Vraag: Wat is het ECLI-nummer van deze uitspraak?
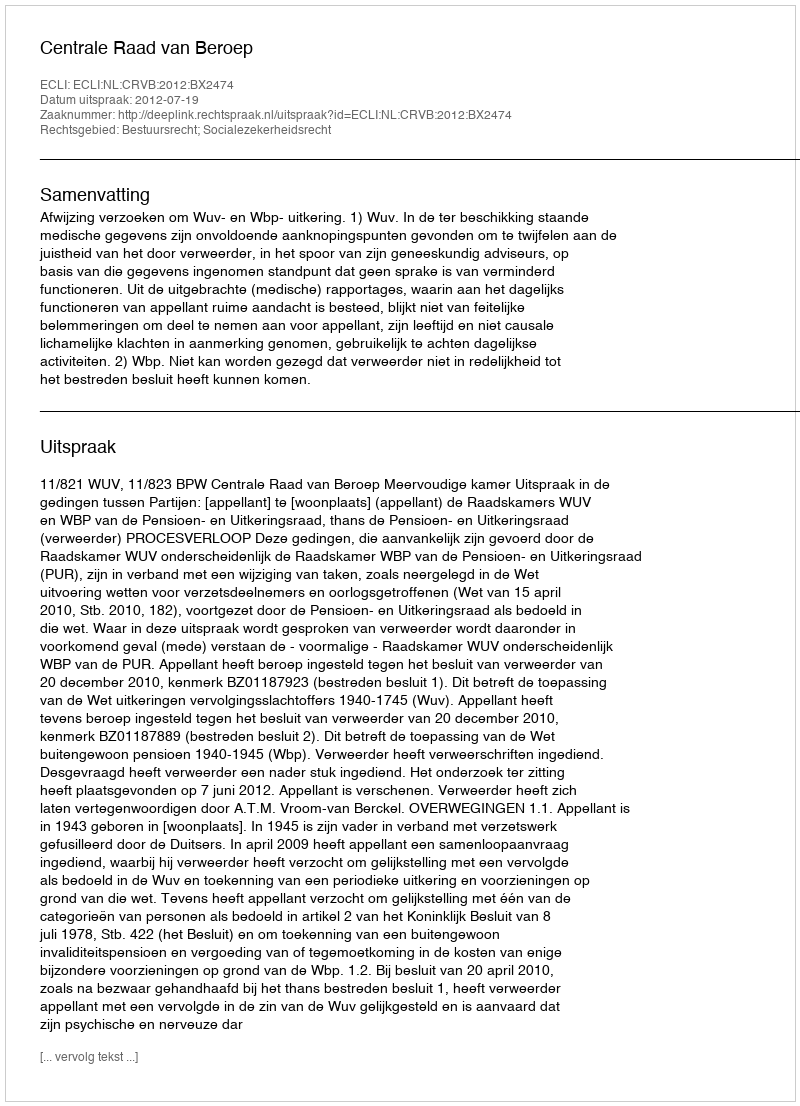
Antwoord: ECLI:NL:CRVB:2012:BX2474